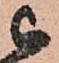
被